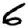
Digit: 6